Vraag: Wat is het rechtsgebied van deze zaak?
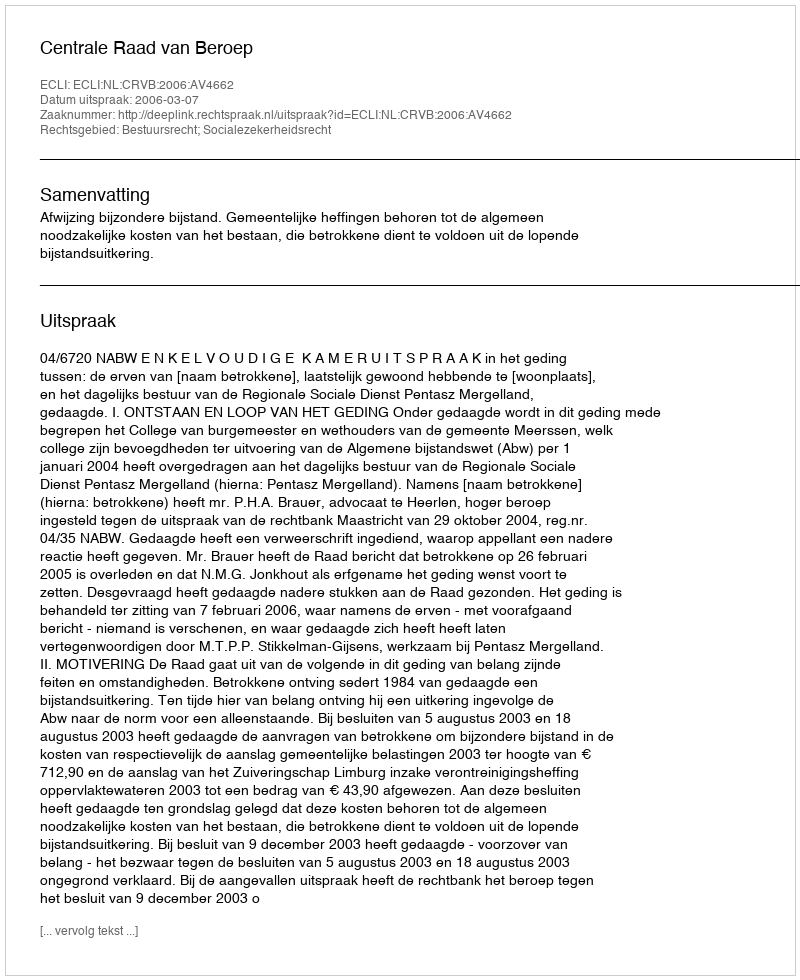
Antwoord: Bestuursrecht; Socialezekerheidsrecht